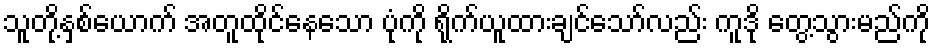
သူတို့နှစ်ယောက် အတူထိုင်နေသော ပုံကို ရိုက်ယူထားချင်သော်လည်း ကူဒို တွေ့သွားမည်ကို